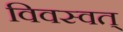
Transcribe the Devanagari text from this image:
विवस्वत्